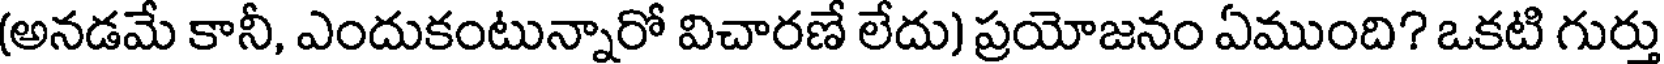
(అనడమే కానీ, ఎందుకంటున్నారో విచారణే లేదు) ప్రయోజనం ఏముంది? ఒకటి గుర్తు